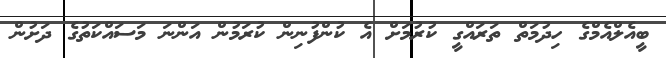
ބީއެލްއެމްގެ ހިދުމަތް ތަރައްގީ ކުރުމަށް އެ ކުންފުނިން ކުރަމުން އަންނަ މަސައްކަތުގެ ދަށުން